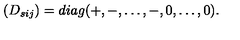
( D _ { s i j } ) = d i a g ( + , - , \dots , - , 0 , \dots , 0 ) .